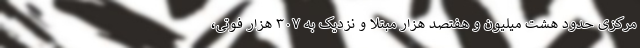
مرکزی حدود هشت میلیون و هفتصد هزار مبتلا و نزدیک به ۳۰۷ هزار فوتی،